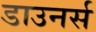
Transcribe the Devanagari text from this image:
डाउनर्स